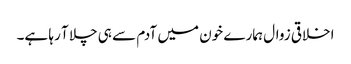
اخلاقی زوال ہمارے خون میں آدم سے ہی چلا آ رہا ہے۔